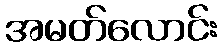
အမတ်လောင်း